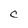
Character: C